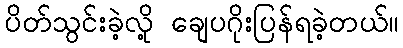
ပိတ်သွင်းခဲ့လို့ ချေပဂိုးပြန်ရခဲ့တယ်။